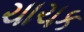
ચાચક